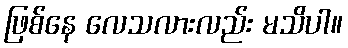
ဖြစ်နေ လေသလားလည်း မသိပါ။